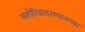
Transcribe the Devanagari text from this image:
फ्लोरिडादरम्यानच्या